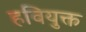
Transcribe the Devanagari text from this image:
हवियुक्त